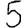
Digit: 5